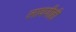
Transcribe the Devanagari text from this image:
लावणीही